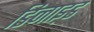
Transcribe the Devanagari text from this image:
डिनाइ़ड